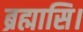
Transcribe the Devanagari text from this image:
ब्रह्मासि।